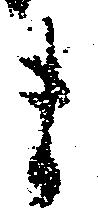
ま